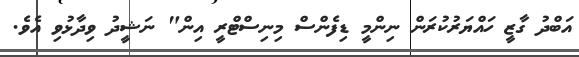
އަބްދު ގާޒީ ހައްޔަރުކުރަން ނިންމީ ޑިފެންސް މިނިސްޓްރީ އިން" ނަޝީދު ވިދާޅުވި އެވެ.